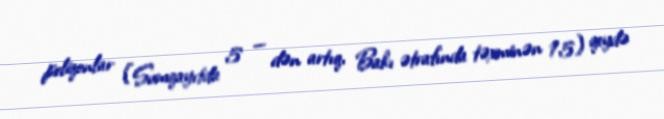
poliqonlar (Sumqayıtda 5 — dən artıq, Bakı ətrafında təxminən 15) qeydə